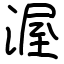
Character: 渥